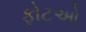
ફોટઓ